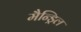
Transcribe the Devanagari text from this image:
मैन्ड्रिल